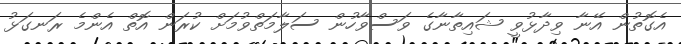
އެގޮތުން އޭނާ ވިދާޅުވީ ޝައިތާނާގެ ވަސްވާހުން ސަލާމަތްވުމަށް ކުރަން އޮތް އެންމެ ރަނގަޅު